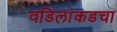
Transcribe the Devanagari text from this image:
वडिलांकडचा